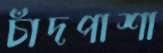
চাঁদপাশা